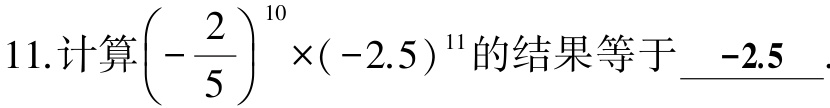
11.计算$\left(-\dfrac{2}{5}\right)^{10}\times(-2.5)^{11}$的结果等于 \(-2.5\) .